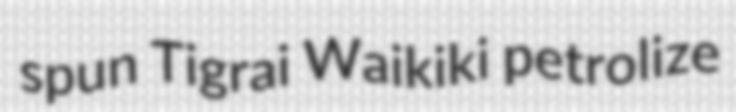
spun Tigrai Waikiki petrolize